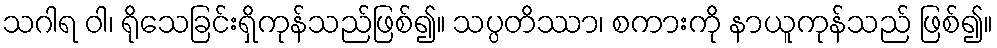
သဂါရ ဝါ၊ ရိုသေခြင်းရှိကုန်သည်ဖြစ်၍။ သပ္ပတိဿာ၊ စကားကို နာယူကုန်သည် ဖြစ်၍။